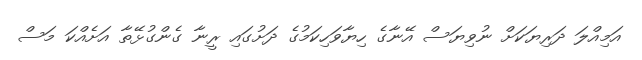
އަމިއްލަ ދަރިޔަކަށް ނުވިޔަސް އޭނާގެ ހިޔާވަހިކަމުގެ ދަށުގައި ރީނާ ގެންގުޅޭތާ އަށެއްކަ މަސް